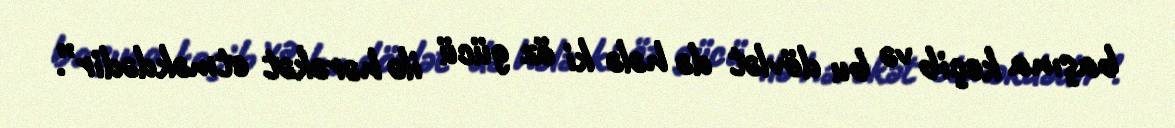
başına keçib və bu dövlət də hələ ki öz gücü ilə hərəkət etməkdədir”.